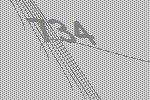
734